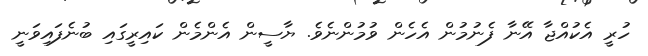
ހުރީ އެކުއްޖާ އޭނާ ފެނުމުން އެހެން ވުމުންނެވެ. ޔާސީން އެންމެން ކައިރީގައި ބުނެފައިވަނީ